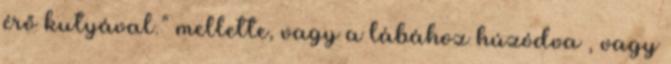
érő kutyával.” mellette, vagy a lábához húzódva , vagy